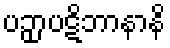
ပဉှာပဋိဘာနာနိ